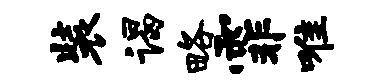
装谒略霏唯